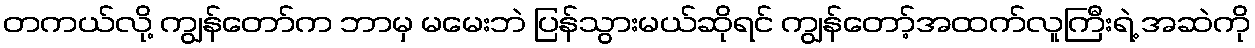
တကယ်လို့ ကျွန်တော်က ဘာမှ မမေးဘဲ ပြန်သွားမယ်ဆိုရင် ကျွန်တော့်အထက်လူကြီးရဲ့ အဆဲကို